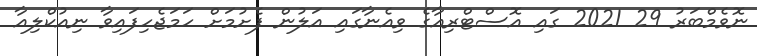
ނޮވެމްބަރު 29 2021 ގައި އޮސްޓްރިއާގެ ވިއެނާގައި އަލުން ފެށުމަށް ހަމަޖެހިފައިވާ ނިއުކްލިއާ